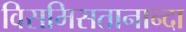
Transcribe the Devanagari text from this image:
विसमिसतानान्दा